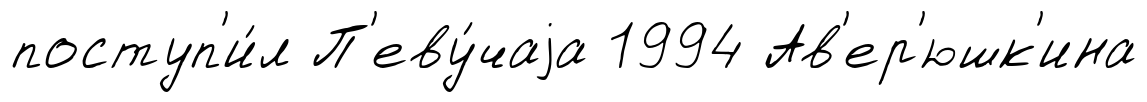
поступ'и́л П'еву́чаjа 1994 Ав'ер'юшк'ина